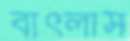
বাৎলাস